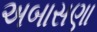
અબાસણા